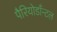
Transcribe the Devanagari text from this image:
पैरियोडाँन्टल